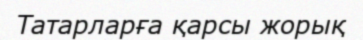
Татарларға қарсы жорық